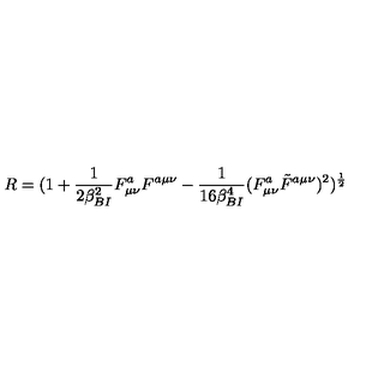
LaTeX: R = ( 1 + { \frac { 1 } { 2 \beta _ { B I } ^ { 2 } } } F _ { \mu \nu } ^ { a } F ^ { a \mu \nu } - { \frac { 1 } { 1 6 \beta _ { B I } ^ { 4 } } } ( F _ { \mu \nu } ^ { a } \tilde { F } ^ { a \mu \nu } ) ^ { 2 } ) ^ { \frac { 1 } { 2 } }